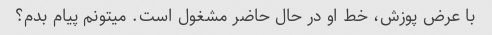
با عرض پوزش، خط او در حال حاضر مشغول است. میتونم پیام بدم؟